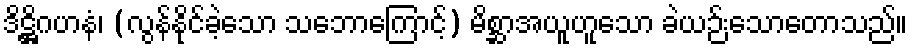
ဒိဋ္ဌိဂဟနံ၊ (လွန်နိုင်ခဲ့သော သဘောကြောင့်) မိစ္ဆာအယူဟူသော ခဲယဉ်းသောတောသည်။